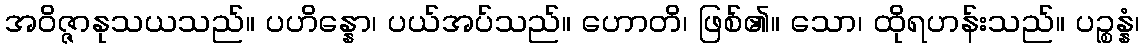
အဝိဇ္ဇာနုသယသည်။ ပဟိန္နော၊ ပယ်အပ်သည်။ ဟောတိ၊ ဖြစ်၏။ သော၊ ထိုရဟန်းသည်။ ပဉ္စန္နံ၊